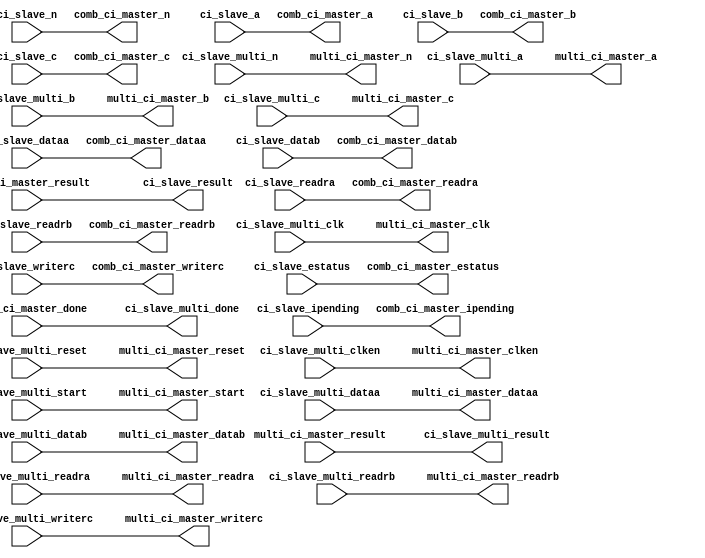
module altera_customins_master_translator 
#(
    parameter SHARED_COMB_AND_MULTI = 0
)
(
    // ------------------------------------------
    // Hybrid slave
    // ------------------------------------------
    input  wire [31:0] ci_slave_dataa,          //        ci_slave.dataa
    input  wire [31:0] ci_slave_datab,          //                .datab
    output wire [31:0] ci_slave_result,         //                .result
    input  wire [7:0]  ci_slave_n,              //                .n
    input  wire        ci_slave_readra,         //                .readra
    input  wire        ci_slave_readrb,         //                .readrb
    input  wire        ci_slave_writerc,        //                .writerc
    input  wire [4:0]  ci_slave_a,              //                .a
    input  wire [4:0]  ci_slave_b,              //                .b
    input  wire [4:0]  ci_slave_c,              //                .c
    input  wire [31:0] ci_slave_ipending,       //                .ipending
    input  wire        ci_slave_estatus,        //                .estatus
    input  wire        ci_slave_multi_clk,      //                .clk
    input  wire        ci_slave_multi_reset,    //                .reset
    input  wire        ci_slave_multi_clken,    //                .clk_en
    input  wire        ci_slave_multi_start,    //                .start
    output wire        ci_slave_multi_done,     //                .done
    input  wire [31:0] ci_slave_multi_dataa,    //                .multi_dataa
    input  wire [31:0] ci_slave_multi_datab,    //                .multi_datab
    output wire [31:0] ci_slave_multi_result,   //                .multi_result
    input  wire [7:0]  ci_slave_multi_n,        //                .multi_n
    input  wire        ci_slave_multi_readra,   //                .multi_readra
    input  wire        ci_slave_multi_readrb,   //                .multi_readrb
    input  wire        ci_slave_multi_writerc,  //                .multi_writerc
    input  wire [4:0]  ci_slave_multi_a,        //                .multi_a
    input  wire [4:0]  ci_slave_multi_b,        //                .multi_b
    input  wire [4:0]  ci_slave_multi_c,        //                .multi_c
    // ------------------------------------------
    // Comb master
    // ------------------------------------------
    output wire [31:0] comb_ci_master_dataa,    //  comb_ci_master.dataa
    output wire [31:0] comb_ci_master_datab,    //                .datab
    input  wire [31:0] comb_ci_master_result,   //                .result
    output wire [7:0]  comb_ci_master_n,        //                .n
    output wire        comb_ci_master_readra,   //                .readra
    output wire        comb_ci_master_readrb,   //                .readrb
    output wire        comb_ci_master_writerc,  //                .writerc
    output wire [4:0]  comb_ci_master_a,        //                .a
    output wire [4:0]  comb_ci_master_b,        //                .b
    output wire [4:0]  comb_ci_master_c,        //                .c
    output wire [31:0] comb_ci_master_ipending, //                .ipending
    output wire        comb_ci_master_estatus,  //                .estatus
    // ------------------------------------------
    // Multi master
    // ------------------------------------------
    output wire        multi_ci_master_clk,     // multi_ci_master.clk
    output wire        multi_ci_master_reset,   //                .reset
    output wire        multi_ci_master_clken,   //                .clk_en
    output wire        multi_ci_master_start,   //                .start
    input  wire        multi_ci_master_done,    //                .done
    output wire [31:0] multi_ci_master_dataa,   //                .dataa
    output wire [31:0] multi_ci_master_datab,   //                .datab
    input  wire [31:0] multi_ci_master_result,  //                .result
    output wire [7:0]  multi_ci_master_n,       //                .n
    output wire        multi_ci_master_readra,  //                .readra
    output wire        multi_ci_master_readrb,  //                .readrb
    output wire        multi_ci_master_writerc, //                .writerc
    output wire [4:0]  multi_ci_master_a,       //                .a
    output wire [4:0]  multi_ci_master_b,       //                .b
    output wire [4:0]  multi_ci_master_c        //                .c
	);

    assign comb_ci_master_dataa   = ci_slave_dataa;
    assign comb_ci_master_datab   = ci_slave_datab;
    assign comb_ci_master_n       = ci_slave_n;
    assign comb_ci_master_a       = ci_slave_a;
    assign comb_ci_master_b       = ci_slave_b;
    assign comb_ci_master_c       = ci_slave_c;
    assign comb_ci_master_readra  = ci_slave_readra;
    assign comb_ci_master_readrb  = ci_slave_readrb;
    assign comb_ci_master_writerc = ci_slave_writerc;
    assign comb_ci_master_ipending = ci_slave_ipending;
    assign comb_ci_master_estatus  = ci_slave_estatus;
    

    assign multi_ci_master_clk   = ci_slave_multi_clk;
    assign multi_ci_master_reset = ci_slave_multi_reset;
    assign multi_ci_master_clken = ci_slave_multi_clken;
    assign multi_ci_master_start = ci_slave_multi_start;
    assign ci_slave_multi_done   = multi_ci_master_done;

    generate if (SHARED_COMB_AND_MULTI == 0) begin

        assign multi_ci_master_dataa   = ci_slave_multi_dataa;
        assign multi_ci_master_datab   = ci_slave_multi_datab;
        assign multi_ci_master_n       = ci_slave_multi_n;
        assign multi_ci_master_a       = ci_slave_multi_a;
        assign multi_ci_master_b       = ci_slave_multi_b;
        assign multi_ci_master_c       = ci_slave_multi_c;
        assign multi_ci_master_readra  = ci_slave_multi_readra;
        assign multi_ci_master_readrb  = ci_slave_multi_readrb;
        assign multi_ci_master_writerc = ci_slave_multi_writerc;
        
        assign ci_slave_result         = comb_ci_master_result;
        assign ci_slave_multi_result   = multi_ci_master_result;

    end else begin

	    assign multi_ci_master_dataa   = ci_slave_dataa;
	    assign multi_ci_master_datab   = ci_slave_datab;
        assign multi_ci_master_n       = ci_slave_n;
        assign multi_ci_master_a       = ci_slave_a;
        assign multi_ci_master_b       = ci_slave_b;
        assign multi_ci_master_c       = ci_slave_c;
        assign multi_ci_master_readra  = ci_slave_readra;
        assign multi_ci_master_readrb  = ci_slave_readrb;
        assign multi_ci_master_writerc = ci_slave_writerc;

        assign ci_slave_result = ci_slave_multi_done ? multi_ci_master_result :
                                    comb_ci_master_result;

    end

    endgenerate

endmodule